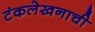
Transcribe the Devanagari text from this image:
टंकलेखनाची